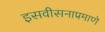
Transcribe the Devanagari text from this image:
इसवीसनाप्रमाणे